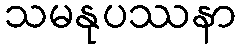
သမနုပဿနာ